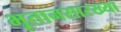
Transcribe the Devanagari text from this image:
भूतानसारख्या